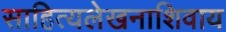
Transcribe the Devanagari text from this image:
साहित्यलेखनाशिवाय